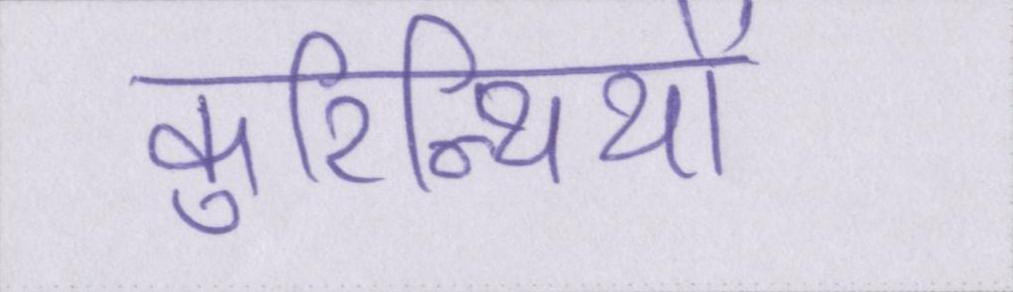
कुरिन्थियों